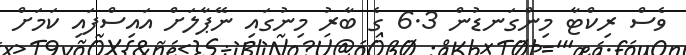
ވެސް ރިކްޓާ މިންގަނޑުން 6.3 ގެ ބާރު މިނުގައި ނޭޕާލަަށް އައިސްފައި ކަމަށް